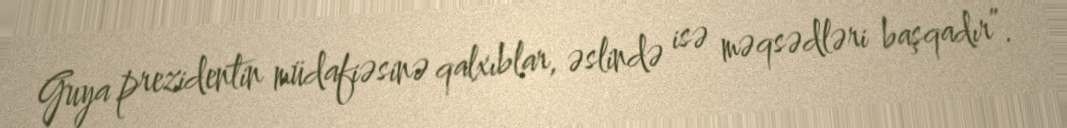
Guya prezidentin müdafiəsinə qalxıblar, əslində isə məqsədləri başqadır”.